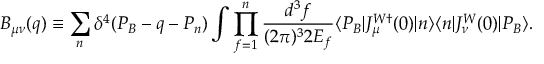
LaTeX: B _ { \mu \nu } ( q ) \equiv \sum _ { n } \delta ^ { 4 } ( P _ { B } - q - P _ { n } ) \int \prod _ { f = 1 } ^ { n } \frac { d ^ { 3 } f } { ( 2 \pi ) ^ { 3 } 2 E _ { f } } \langle P _ { B } | J _ { \mu } ^ { W \dagger } ( 0 ) | n \rangle \langle n | J _ { \nu } ^ { W } ( 0 ) | P _ { B } \rangle .